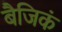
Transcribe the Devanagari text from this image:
बैजिकं